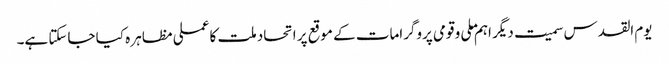
یوم القدس سمیت دیگر اہم ملی و قومی پروگرامات کے موقع پر اتحاد ملت کا عملی مظاہر ہ کیا جاسکتا ہے۔